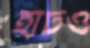
হাটও